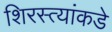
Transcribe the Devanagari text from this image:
शिरस्त्यांकडे